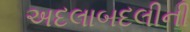
અદલાબદલીની